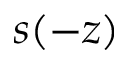
s ( - z )